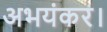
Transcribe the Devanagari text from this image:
अभयंकर।